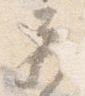
蔵